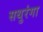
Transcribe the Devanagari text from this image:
सथुरंगा